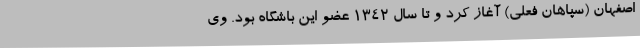
اصفهان (سپاهان فعلی) آغاز کرد و تا سال 1342 عضو این باشگاه بود. وی